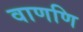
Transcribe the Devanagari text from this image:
वाणणि